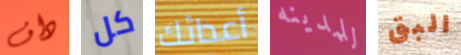
داف كل أعدائك للمدينه البق